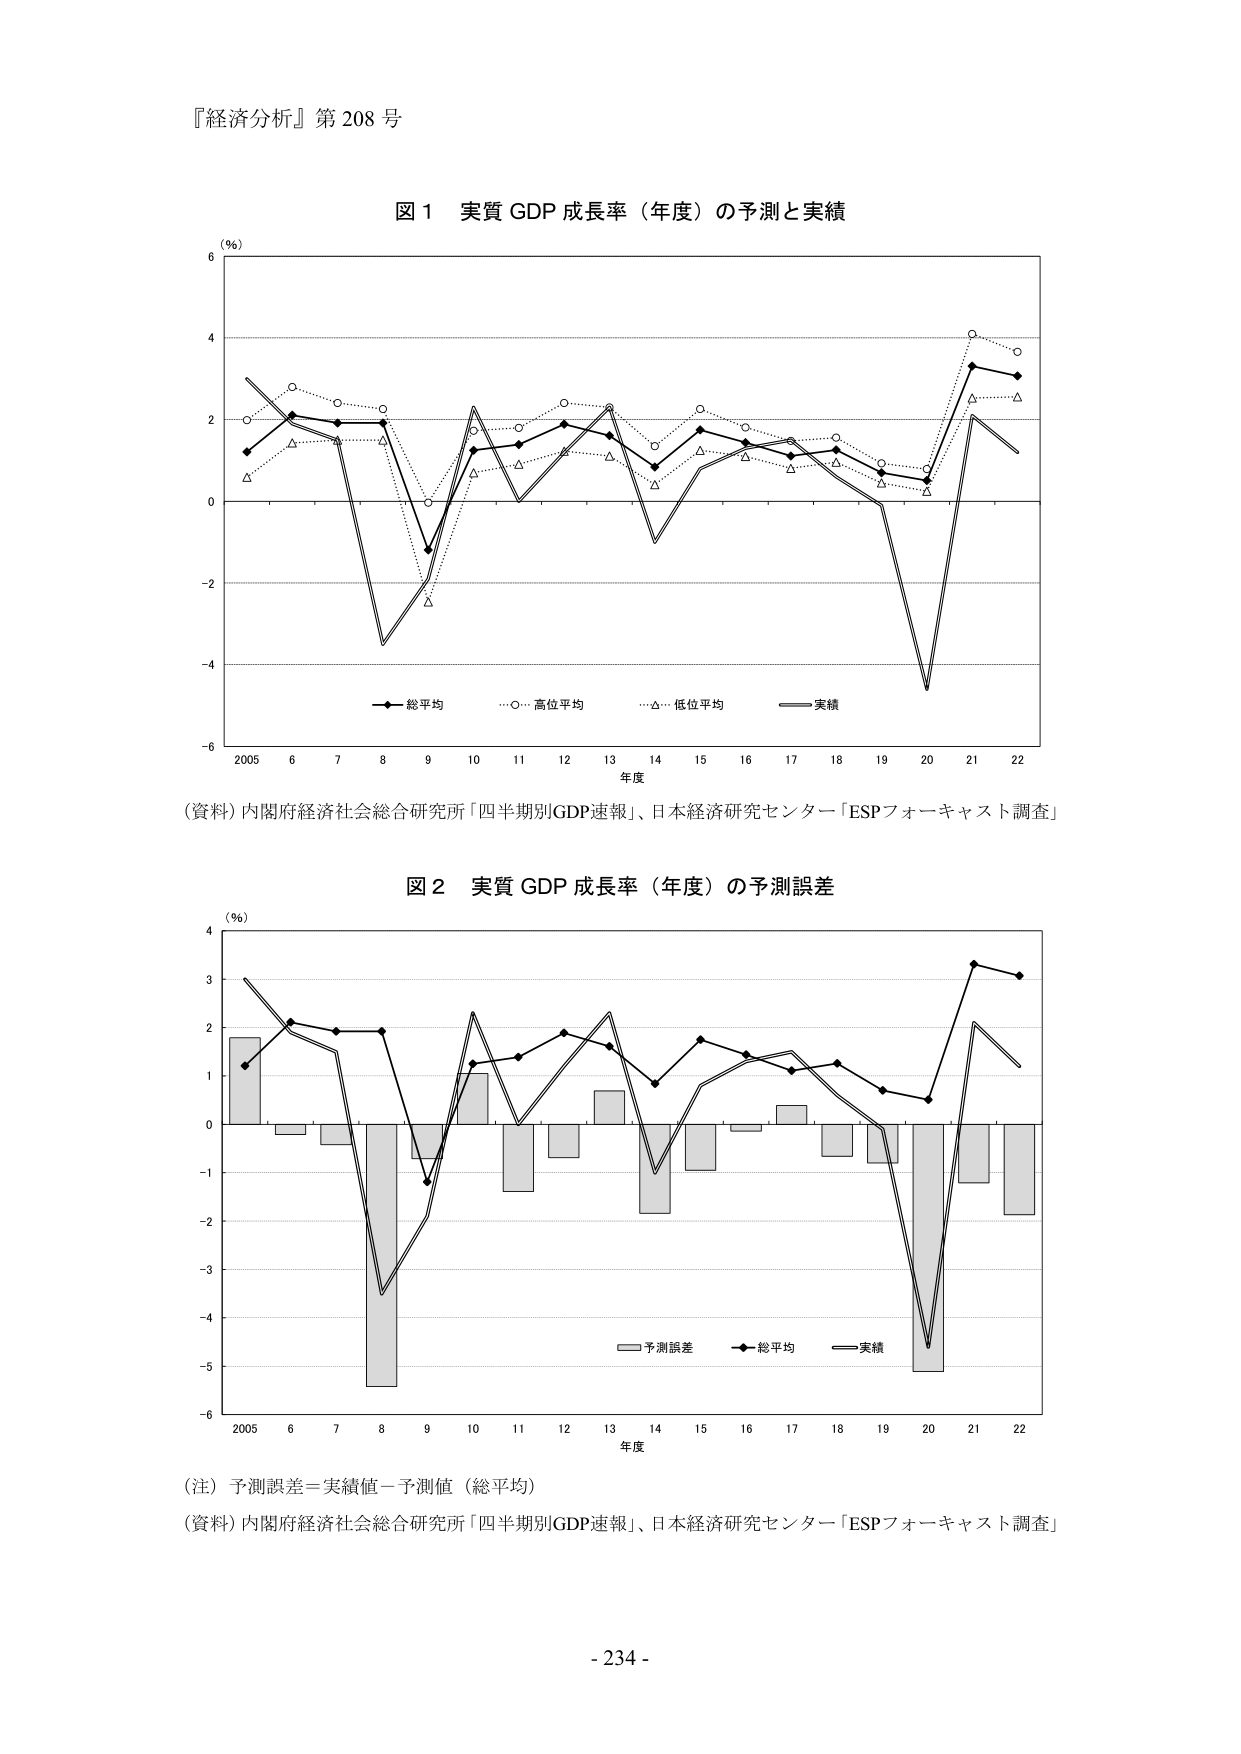
『経済分析』第 208 号

図 1 実質 GDP 成長率（年度）の予測と実績

(％)
6
4
2
0
-2
-4
-6
2005 6 7 8 9 10 11 12 13 14 15 16 17 18 19 20 21 22
年度

－ 総平均
…○… 高位平均
…△… 低位平均
―― 実績

（資料）内閣府経済社会総合研究所「四半期別GDP速報」、日本経済研究センター「ESPフォーキャスト調査」

図 2 実質 GDP 成長率（年度）の予測誤差

(％)
4
3
2
1
0
-1
-2
-3
-4
-5
-6
2005 6 7 8 9 10 11 12 13 14 15 16 17 18 19 20 21 22
年度

□ 予測誤差
● 総平均
―― 実績

（注）予測誤差＝実績値－予測値（総平均）

（資料）内閣府経済社会総合研究所「四半期別GDP速報」、日本経済研究センター「ESPフォーキャスト調査」

- 234 -